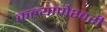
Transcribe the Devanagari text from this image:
कल्‍याणेश्‍वरी